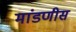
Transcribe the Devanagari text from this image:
मांडणीस